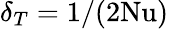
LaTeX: \delta_{T}=1/(2\mathrm{Nu})